Report on horse surra - Volume II, Part II
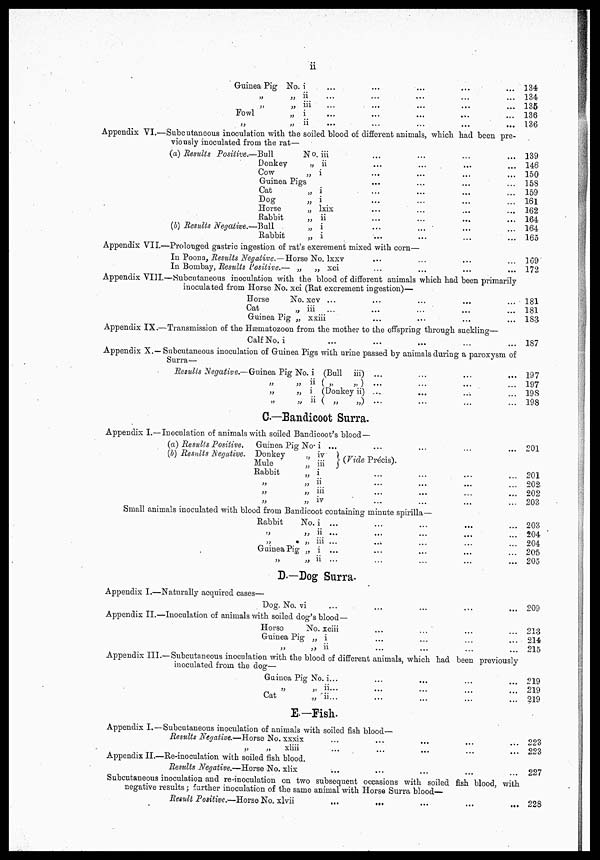
ii
Guinea Pig No. i
„
„ ii
„
„ iii
Fowl
„ i
„
„ ii
... 134
... 134
... 135
... 136
... 136
Appendix VI.—Subcutaneous inoculation with the soiled blood of different animals, which had been pre-
viously inoculated from the rat—
(a) Results Positive.—Bull
No. iii
Donkey
„
ii
Cow
„ i
Guinea Pigs
Cat
„ i
Dog
„ i
Horse
„ lxix
Rabbit
„ ii
(b) Results Negative.—Bull
„ i
Rabbit
„ i
Appendix VII.—Prolonged gastric ingestion of rat's excrement mixed with corn—
In Poona, Results Negative.—Horse No. lxxv
In Bombay, Results Positive.— „
„ xci
... 139
... 146
... 150
... 158
... 159
... 161
... 162
... 164
... 164
... 165
... 109
... 172
Appendix VIII—Subcutaneous inoculation with the blood of different animals which had been primarily
inoculated from Horse No. xci (Rat excrement ingestion)—
Horse
No. xcv ...
Cat
„ iii ...
Guinea Pig „ xxiii
Appendix IX.—Transmission of the Hæmatozoon from the mother to the offspring through suckling-
Calf No. i
... 181
... 181
... 183
... 187
Appendix X.—Subcutaneous inoculation of Guinea Pigs with urine passed by animals during a paroxysm of
Surra—
Results Negative.—Guinea Pig No. i (Bull iii) ...
„
„
ii
(„
„)...
...
...
„
„.
i (Donkey ii) ...
„
„
ii
(
„
„)
...
C-—Bandicoot Surra.
Appendix I.—Inoculation of animals with soiled Bandicoot's blood —
(a) Results Positive.
Guinea Pig No. i ...
(b) Results Negative. Donkey „ iv (Vide Précs).
Mule „ iii
Rabbit
„ i
...
...
...
„
„ ii
...
...
...
„
„ iii
„
„ iv
Small animals inoculated with blood from Bandicoot containing minute spirilla—
Rabbit
No. i ...
„
„ ii ...
„
„ iii ...
Guinea Pig „ i ...
„
„ ii ...
D— Dog Surra.
Appendix I.—Naturally acquired cases—
Dog. No. vi
Appendix II.—Inoculation of animals with soiled dog's blood-
Horse
No. xciii
...
...
Guinea Pig „ i
„
„ ii
... 197
... 197
... 19S
... 198
... 201
... 201
... 202.
... 202
... 203
... 203
... 204
... 204
... 205
... 205
... 209
... 213
... 214
... 215
Appendix III.—Subcutaneous inoculation with the blood of different animals, which had been previously
inoculated from the dog—
Guinea Pig No. i...
„
„ ii...
Cat
„ ii...
E.-Fish.
Appendix I.—Subcutaneous inoculation of animals with soiled fish blood—
Results Negative.—Horse No. xxxix
„
„
xliii
Appendix II.—Re-inoculation with soiled fish blood.
Results Negative.—Horse No. xlix
... 219
... 219
... 219
... 223
... 223
... 227
Subcutaneous inoculation and re-inoculation on two subsequent occasions with soiled fish blood, with
negative results; further inoculation of the same animal with Horse Surra blood—
Result Positive.—Horse No. xlvii
...
...
... 228